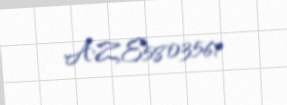
AZE5803561